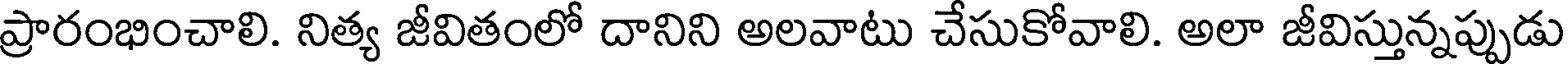
ప్రారంభించాలి. నిత్య జీవితంలో దానిని అలవాటు చేసుకోవాలి. అలా జీవిస్తున్నప్పుడు